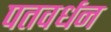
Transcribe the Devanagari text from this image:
पतवर्धन